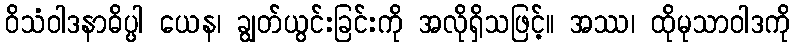
ဝိသံဝါဒနာဓိပ္ပါ ယေန၊ ချွတ်ယွင်းခြင်းကို အလိုရှိသဖြင့်။ အဿ၊ ထိုမုသာဝါဒကို